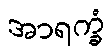
အာရက္ခံ